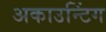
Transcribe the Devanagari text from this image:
अकाउन्टिंग